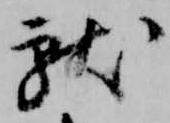
献